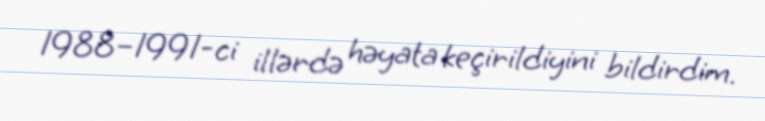
1988–1991-ci illərdə həyata keçirildiyini bildirdim.